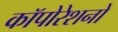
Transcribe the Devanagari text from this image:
कॉपोरेशनों